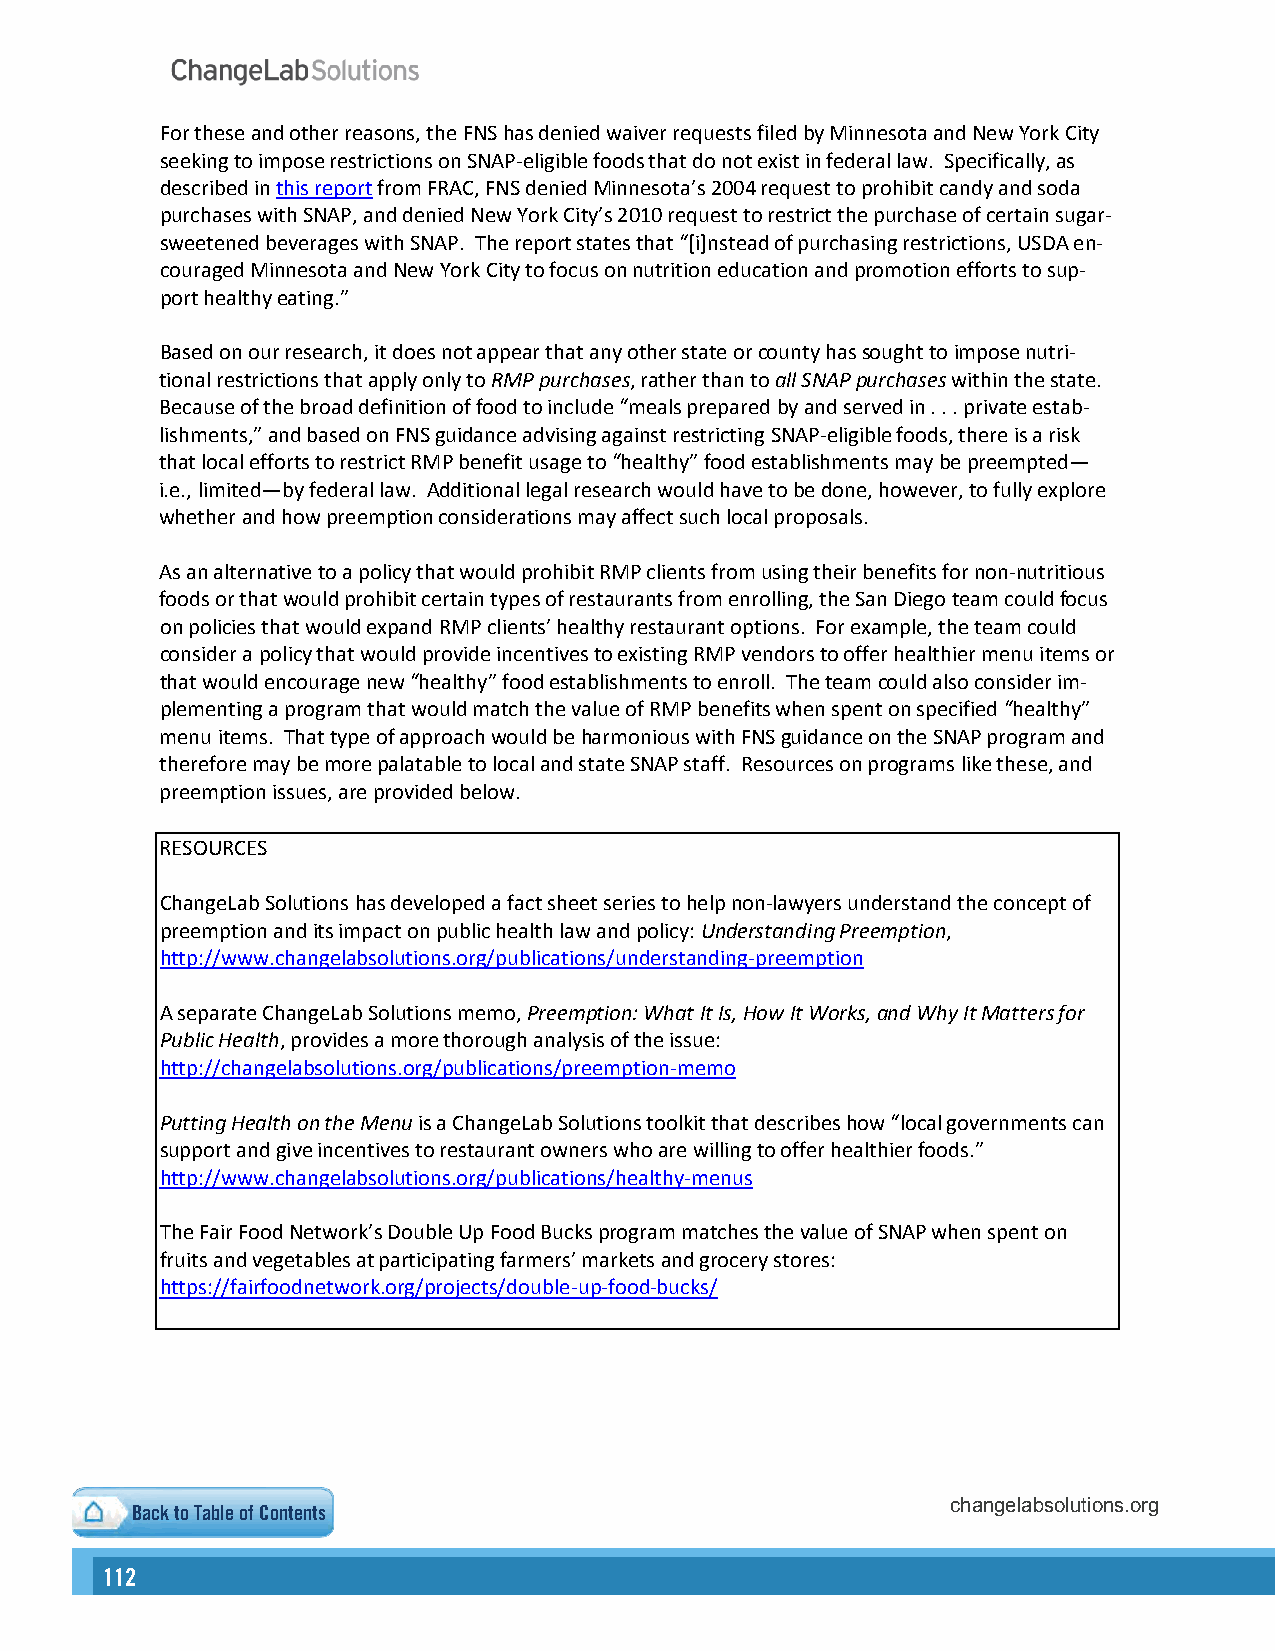
For these and other reasons, the FNS has denied waiver requests filed by Minnesota and New York City
 seeking to impose restrictions on SNAP-eligible foods that do not exist in federal law. Specifically, as
 described in this report from FRAC, FNS denied Minnesota’s 2004 request to prohibit candy and soda
 purchases with SNAP, and denied New York City’s 2010 request to restrict the purchase of certain sugar-
 sweetened beverages with SNAP. The report states that “[i]nstead of purchasing restrictions, USDA en-
 couraged Minnesota and New York City to focus on nutrition education and promotion efforts to sup-
 port healthy eating.”
 Based on our research, it does not appear that any other state or county has sought to impose nutri-
 tional restrictions that apply only to RMP purchases, rather than to all SNAP purchases within the state.
 Because of the broad definition of food to include “meals prepared by and served in . . . private estab-
 lishments,” and based on FNS guidance advising against restricting SNAP-eligible foods, there is a risk
 that local efforts to restrict RMP benefit usage to “healthy” food establishments may be preempted—
 i.e., limited—by federal law. Additional legal research would have to be done, however, to fully explore
 whether and how preemption considerations may affect such local proposals.
 As an alternative to a policy that would prohibit RMP clients from using their benefits for non-nutritious
 foods or that would prohibit certain types of restaurants from enrolling, the San Diego team could focus
 on policies that would expand RMP clients’ healthy restaurant options. For example, the team could
 consider a policy that would provide incentives to existing RMP vendors to offer healthier menu items or
 that would encourage new “healthy” food establishments to enroll. The team could also consider im-
 plementing a program that would match the value of RMP benefits when spent on specified “healthy”
 menu items. That type of approach would be harmonious with FNS guidance on the SNAP program and
 therefore may be more palatable to local and state SNAP staff. Resources on programs like these, and
 preemption issues, are provided below.
 RESOURCES
 ChangeLab Solutions has developed a fact sheet series to help non-lawyers understand the concept of
 preemption and its impact on public health law and policy: Understanding Preemption,
 http://www.changelabsolutions.org/publications/understanding-preemption
 A separate ChangeLab Solutions memo, Preemption: What It Is, How It Works, and Why It Matters for
 Public Health, provides a more thorough analysis of the issue:
 http://changelabsolutions.org/publications/preemption-memo
 Putting Health on the Menu is a ChangeLab Solutions toolkit that describes how “local governments can
 support and give incentives to restaurant owners who are willing to offer healthier foods.”
 http://www.changelabsolutions.org/publications/healthy-menus
 The Fair Food Network’s Double Up Food Bucks program matches the value of SNAP when spent on
 fruits and vegetables at participating farmers’ markets and grocery stores:
 https://fairfoodnetwork.org/projects/double-up-food-bucks/
 Back to Table of Contents                             changelabsolutions.org
 112                                                                                                                                                      113